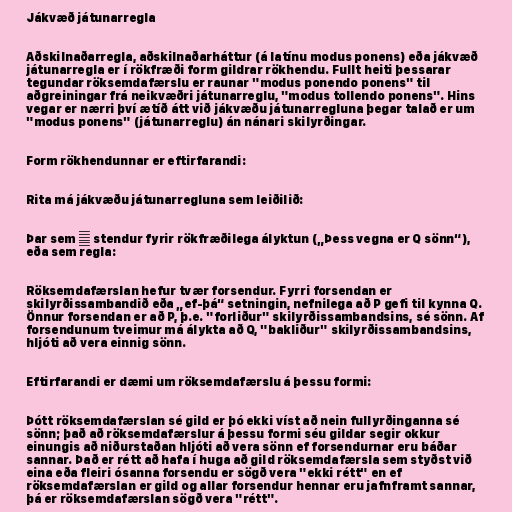
Jákvæð játunarregla

Aðskilnaðarregla, aðskilnaðarháttur (á latínu modus ponens) eða jákvæð
játunarregla er í rökfræði form gildrar rökhendu. Fullt heiti þessarar
tegundar röksemdafærslu er raunar "modus ponendo ponens" til
aðgreiningar frá neikvæðri játunarreglu, "modus tollendo ponens". Hins
vegar er nærri því ætíð átt við jákvæðu játunarregluna þegar talað er um
"modus ponens" (játunarreglu) án nánari skilyrðingar.

Form rökhendunnar er eftirfarandi:

Rita má jákvæðu játunarregluna sem leiðilið:

Þar sem ⊢ stendur fyrir rökfræðilega ályktun („Þess vegna er Q sönn“),
eða sem regla:

Röksemdafærslan hefur tvær forsendur. Fyrri forsendan er
skilyrðissambandið eða „ef-þá“ setningin, nefnilega að P gefi til kynna Q.
Önnur forsendan er að P, þ.e. "forliður" skilyrðissambandsins, sé sönn. Af
forsendunum tveimur má álykta að Q, "bakliður" skilyrðissambandsins,
hljóti að vera einnig sönn.

Eftirfarandi er dæmi um röksemdafærslu á þessu formi:

Þótt röksemdafærslan sé gild er þó ekki víst að nein fullyrðinganna sé
sönn; það að röksemdafærslur á þessu formi séu gildar segir okkur
einungis að niðurstaðan hljóti að vera sönn ef forsendurnar eru báðar
sannar. Það er rétt að hafa í huga að gild röksemdafærsla sem styðst við
eina eða fleiri ósanna forsendu er sögð vera "ekki rétt" en ef
röksemdafærslan er gild og allar forsendur hennar eru jafnframt sannar,
þá er röksemdafærslan sögð vera "rétt".